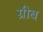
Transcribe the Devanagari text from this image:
ग्रीब